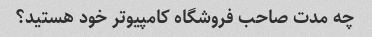
چه مدت صاحب فروشگاه کامپیوتر خود هستید؟